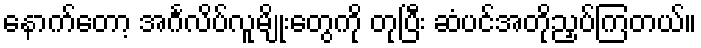
နောက်တော့ အင်္ဂလိပ်လူမျိုးတွေကို တုပြီး ဆံပင်အတိုညှပ်ကြတယ်။